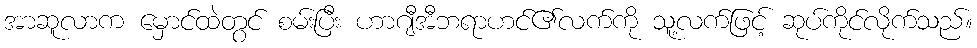
အာဆူလာက မှောင်ထဲတွင် စမ်းပြီး ဟာဂျီအီဘရာဟင်၏လက်ကို သူ့လက်ဖြင့် ဆုပ်ကိုင်လိုက်သည်။